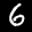
Digit: 6